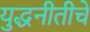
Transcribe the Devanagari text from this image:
युद्धनीतीचे